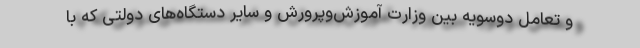
و تعامل دوسویه بین وزارت آموزش‌وپرورش و سایر دستگاه‌های دولتی که با